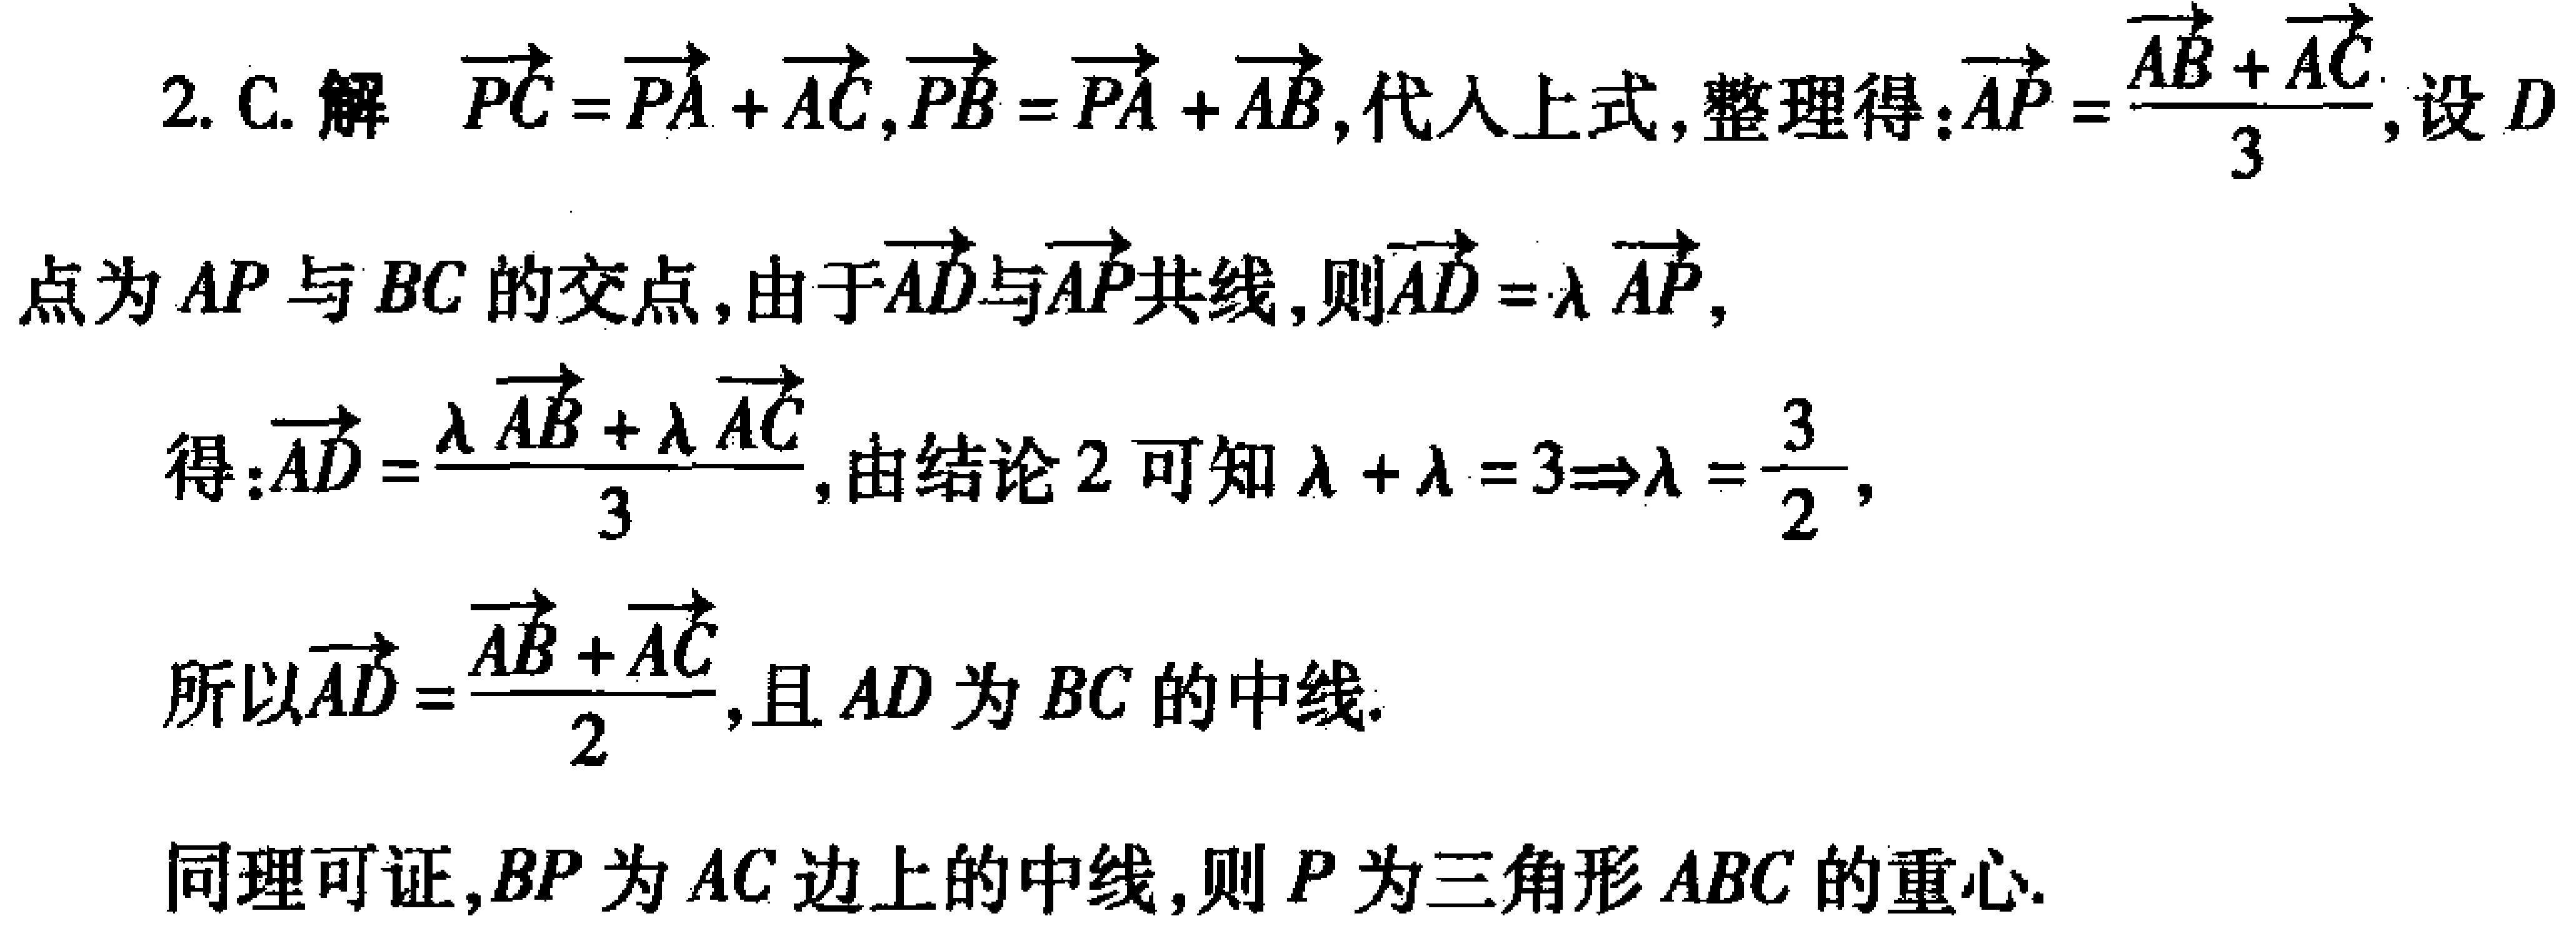
2. C. 解 $\overrightarrow{PC}=\overrightarrow{PA}+\overrightarrow{AC},\overrightarrow{PB}=\overrightarrow{PA}+\overrightarrow{AB}$, 代入上式, 整理得: $\overrightarrow{AP}=\frac{\overrightarrow{AB}+\overrightarrow{AC}}{3}$, 设 $D$
点为 $AP$ 与 $BC$ 的交点, 由于 $\overrightarrow{AD}$ 与 $\overrightarrow{AP}$ 共线, 则 $\overrightarrow{AD}=\lambda\overrightarrow{AP}$,
得: $\overrightarrow{AD}=\frac{\lambda\overrightarrow{AB}+\lambda\overrightarrow{AC}}{3}$, 由结论 2 可知 $\lambda+\lambda = 3\Rightarrow\lambda=\frac{3}{2}$,
所以 $\overrightarrow{AD}=\frac{\overrightarrow{AB}+\overrightarrow{AC}}{2}$, 且 $AD$ 为 $BC$ 的中线.
同理可证, $BP$ 为 $AC$ 边上的中线, 则 $P$ 为三角形 $ABC$ 的重心.